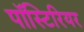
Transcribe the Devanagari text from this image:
पॉस्टिरियर